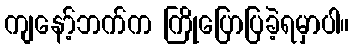
ကျနော့်ဘက်က ကြိုပြောပြခဲ့ရမှာပါ။